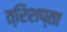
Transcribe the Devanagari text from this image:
त्रिशप्ता